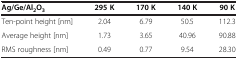
<table><thead><tr><td><b>Ag/Ge/Al<sub>2</sub>O<sub>3</sub></b></td><td><b>295 K</b></td><td><b>170 K</b></td><td><b>140 K</b></td><td><b>90 K</b></td></tr></thead><tbody><tr><td>Ten-point height [nm]</td><td>2.04</td><td>6.79</td><td>50.5</td><td>112.3</td></tr><tr><td>Average height [nm]</td><td>1.73</td><td>3.65</td><td>40.96</td><td>90.88</td></tr><tr><td>RMS roughness [nm]</td><td>0.49</td><td>0.77</td><td>9.54</td><td>28.30</td></tr></tbody></table>